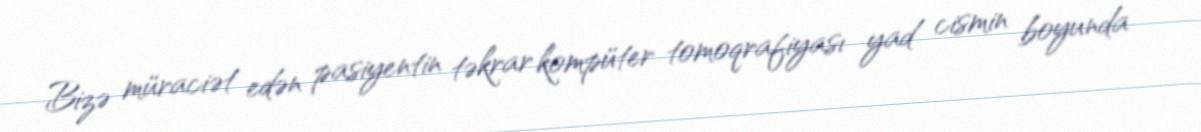
Bizə müraciət edən pasiyentin təkrar kompüter tomoqrafiyası yad cismin boyunda